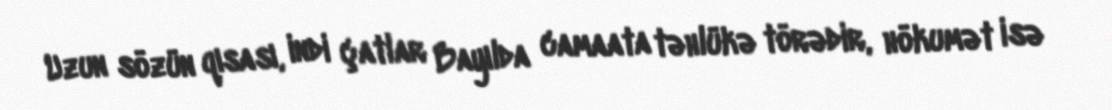
Uzun sözün qısası, indi çatlar Bayılda camaata təhlükə törədir, hökumət isə